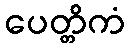
ပေတ္တိကံ